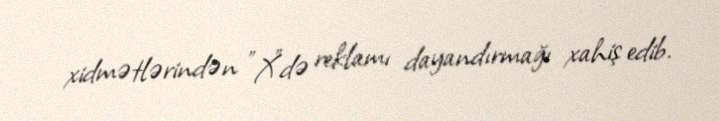
xidmətlərindən "X"də reklamı dayandırmağı xahiş edib.